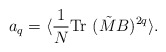
\begin{align*}a_q=\langle {1\over N}{\rm Tr}~(\tilde M B)^{2q} \rangle.\end{align*}